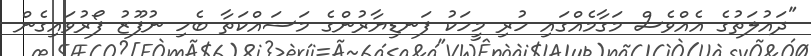
"ދައުލަތުގެ އެއްވެސް މަގާމެއްގައި ހުރި މީހަކު ފަނޑިޔާރުންގެ މަސައްކަތާ ބެހި ނުފޫޒު ފޯރުވައިގެން